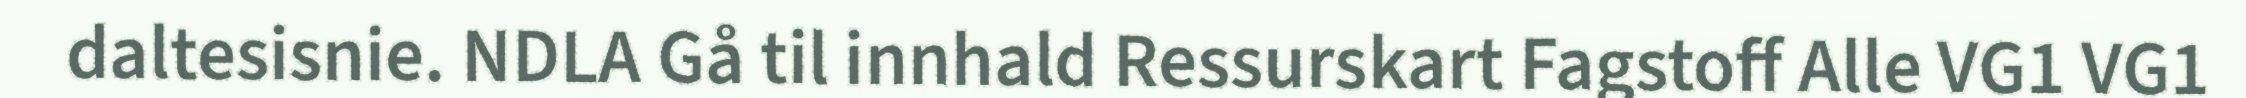
daltesisnie. NDLA Gå til innhald Ressurskart Fagstoff Alle VG1 VG1